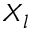
X _ { l }